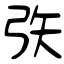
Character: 矤